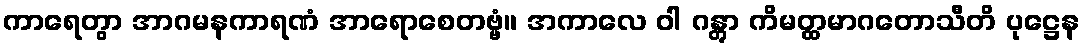
ကာရေတွာ အာဂမနကာရဏံ အာရောစေတဗ္ဗံ။ အကာလေ ဝါ ဂန္တွာ ကိမတ္ထမာဂတောသီတိ ပုဋ္ဌေန